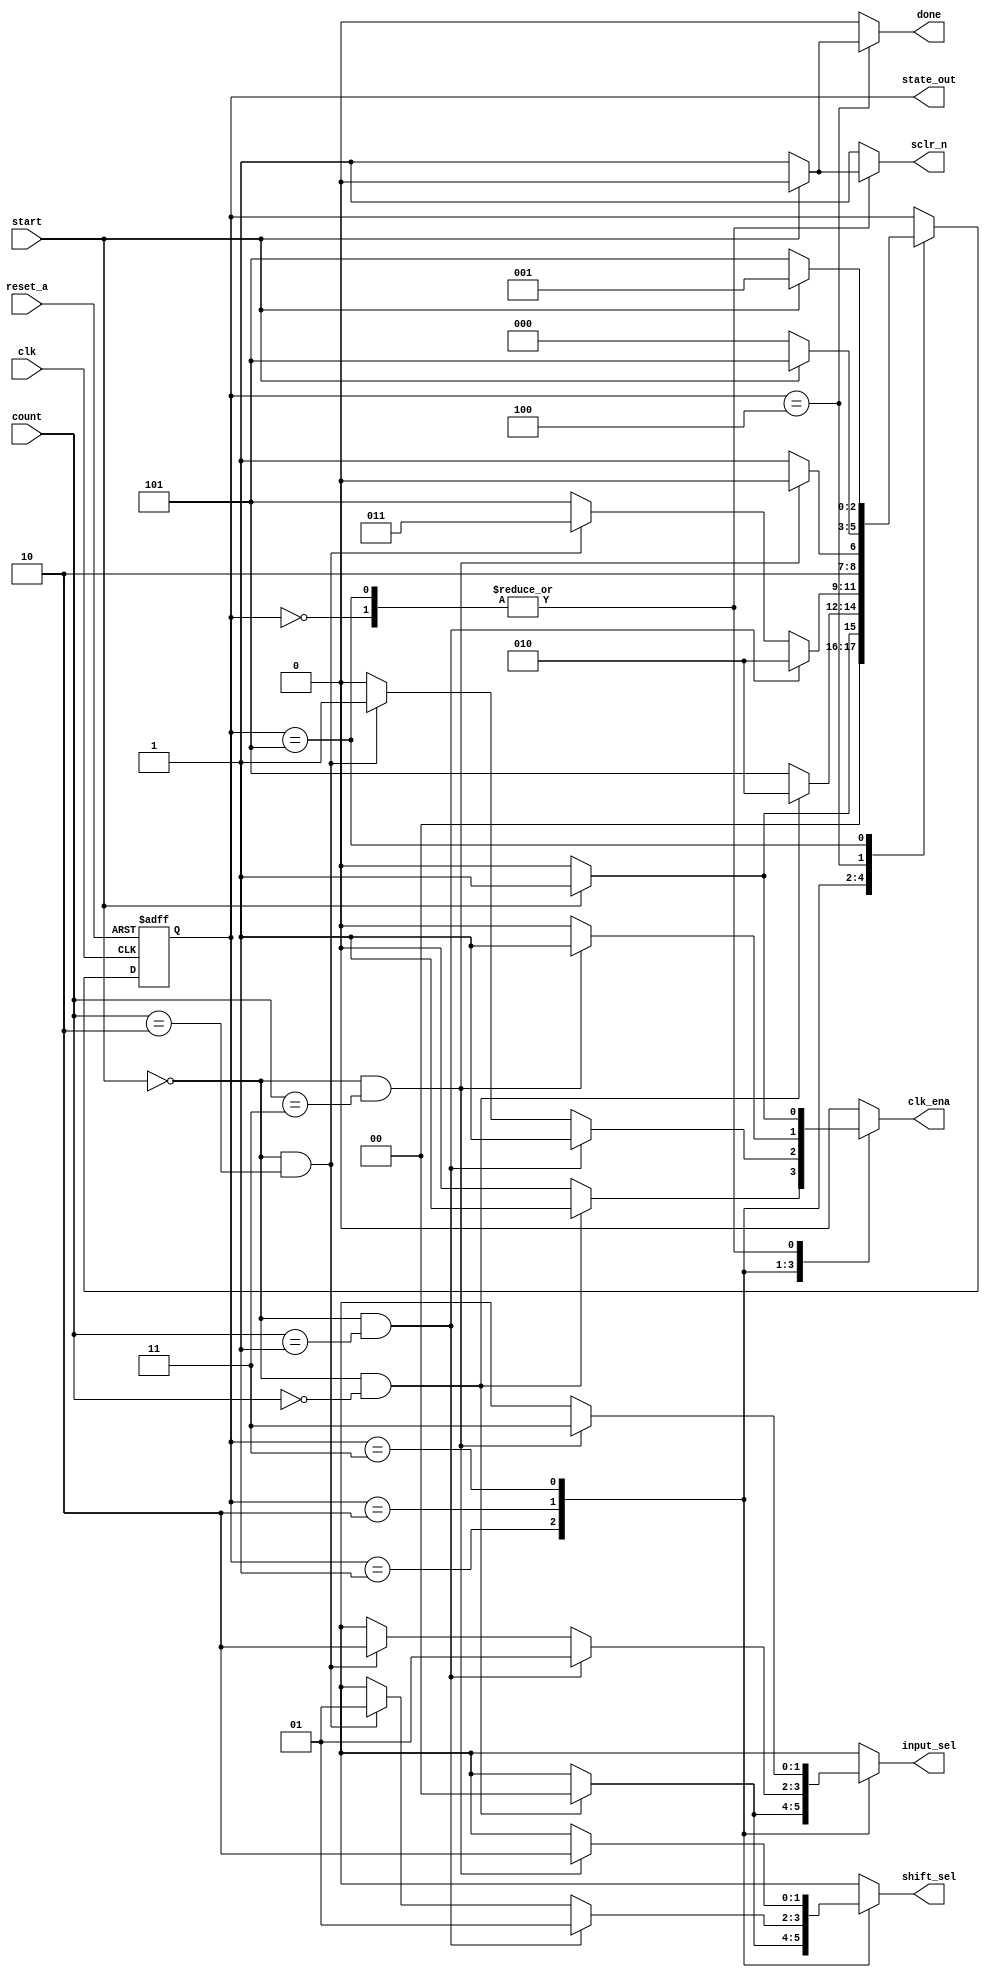
module mult_control(
input clk,reset_a,start,
input [1:0] count,
output reg [1:0] input_sel,shift_sel,
output  [2:0] state_out,
output reg done,clk_ena,sclr_n
);
// signal decleration
reg [2:0] state_reg,state_next;

//symbolic state decleration
localparam IDLE=3'b000;
localparam LSB=3'b001; 
localparam MID=3'b010; 
localparam MSB=3'b011; 
localparam CALC_DONE=3'b100; 
localparam ERR=3'b101; 
 
//state register
always@(posedge clk,negedge reset_a)
begin
if(~ reset_a)
	state_reg<=IDLE;
else
	state_reg<=state_next;
end

//next_state logic and output logic
always@(*)
begin
//default values
done = 1'b0 ;
clk_ena = 1'b0 ;
sclr_n = 1'b1 ;
input_sel = 2'bxx ;
shift_sel =2'bxx ;

	case(state_reg)
		IDLE: begin
		if(start) begin
			state_next=LSB;
			clk_ena = 1'b1 ;
            sclr_n = 1'b0 ;
			end
			
		  else
	         state_next=IDLE;
	      end
	      
  		LSB: begin
  		if(start==0 && count==2'b00) begin
			state_next=MID;
			input_sel = 2'b00 ;
            shift_sel =2'b00 ;
			clk_ena = 1'b1 ;
            sclr_n = 1'b1 ;
			end
		else
	       state_next=ERR;
	    end
	     
		MID : begin
		if(start==0 && count==2'b01) begin
			state_next=MID;
			input_sel = 2'b01 ;
            shift_sel =2'b01 ;
            clk_ena = 1'b1 ;
            sclr_n = 1'b1 ;
			end
			
		     else if(start==0 && count==2'b10) begin
			state_next=MSB;
			input_sel = 2'b10 ;
            shift_sel =2'b01 ;
            clk_ena = 1'b1 ;
            sclr_n = 1'b1 ;
			end
			
		     else
			state_next=ERR;
	      end
	             
		MSB:
		if(start==0 && count==2'b11) begin
			state_next=CALC_DONE;
			input_sel = 2'b11 ;
            shift_sel =2'b10 ;
            clk_ena = 1'b1 ;
             sclr_n = 1'b1 ;
			end
			
		   else
	        state_next=ERR;
	        	
 		CALC_DONE:
 		 if(start==0) begin
			state_next=IDLE;
			done = 1'b1 ;
			clk_ena = 1'b0 ;
            sclr_n = 1'b1 ;
	      end
	      
		  else
	        state_next=ERR;
	             
		ERR:
		if(start) begin
			state_next=LSB;
			clk_ena = 1'b1 ;
            sclr_n = 1'b0 ;
			end
			
		   else
	        state_next=ERR;
	        
		default:state_next=state_reg;
	endcase

end

assign state_out = state_reg ;

endmodule